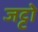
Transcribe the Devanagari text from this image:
जट्टो